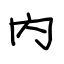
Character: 内